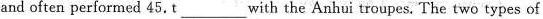
and often performed 45.t ___ with the Anhui troupes. The two types of